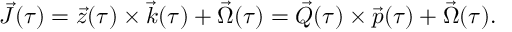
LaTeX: \vec { J } ( \tau ) = \vec { z } ( \tau ) \times \vec { k } ( \tau ) + \vec { \Omega } ( \tau ) = \vec { Q } ( \tau ) \times \vec { p } ( \tau ) + \vec { \Omega } ( \tau ) .